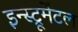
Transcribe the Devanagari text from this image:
इन्स्ट्रूमेंटल